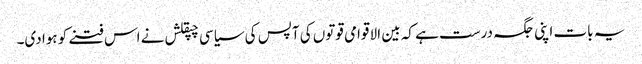
یہ بات اپنی جگہ درست ہے کہ بین الا قوامی قوتوں کی آپس کی سیاسی چپقلش نے اس فتنے کو ہوا دی۔